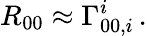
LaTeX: R_{00}\approx\Gamma_{00,i}^{i}\, .